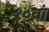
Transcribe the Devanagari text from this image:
१०वां